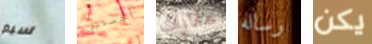
سيم أحسنتي عقارات رساله يكن